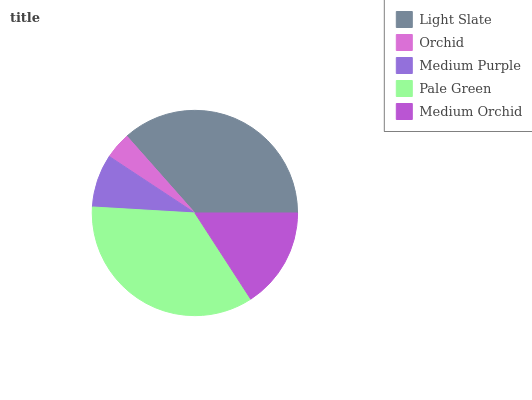
| Light Slate | Orchid | Medium Purple | Pale Green | Medium Orchid |
 | --- | --- | --- | --- | --- |
 | 36.6% | 4.19% | 8.35% | 35% | 15.8% |